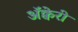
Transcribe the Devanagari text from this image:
अॅक्वेरी